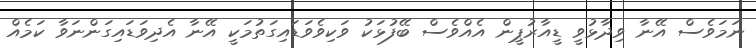
ނަމަވެސް އޭނާ ވިދާޅުވީ ޑީއާރުޕީން އެއްވެސް ބޭފުޅަކު ވަކިވެވަޑައިގަތުމަކީ އޭނާ އެދިވަޑައިގަންނަވާ ކަމެއް